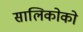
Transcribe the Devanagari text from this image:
सालिकोको